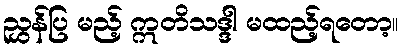
ညွှန်ပြ မည့် ဣတိသဒ္ဒါ မထည့်ရတော့။